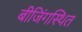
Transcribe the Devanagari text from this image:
बीजिंगस्थित